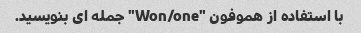
با استفاده از هموفون "Won/one" جمله ای بنویسید.